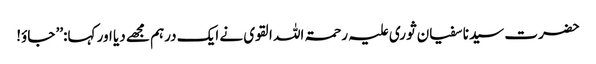
حضرت سیدنا سفیان ثوری علیہ رحمۃ اللہ القوی نے ایک درہم مجھے دیا اور کہا:’’ جاؤ!